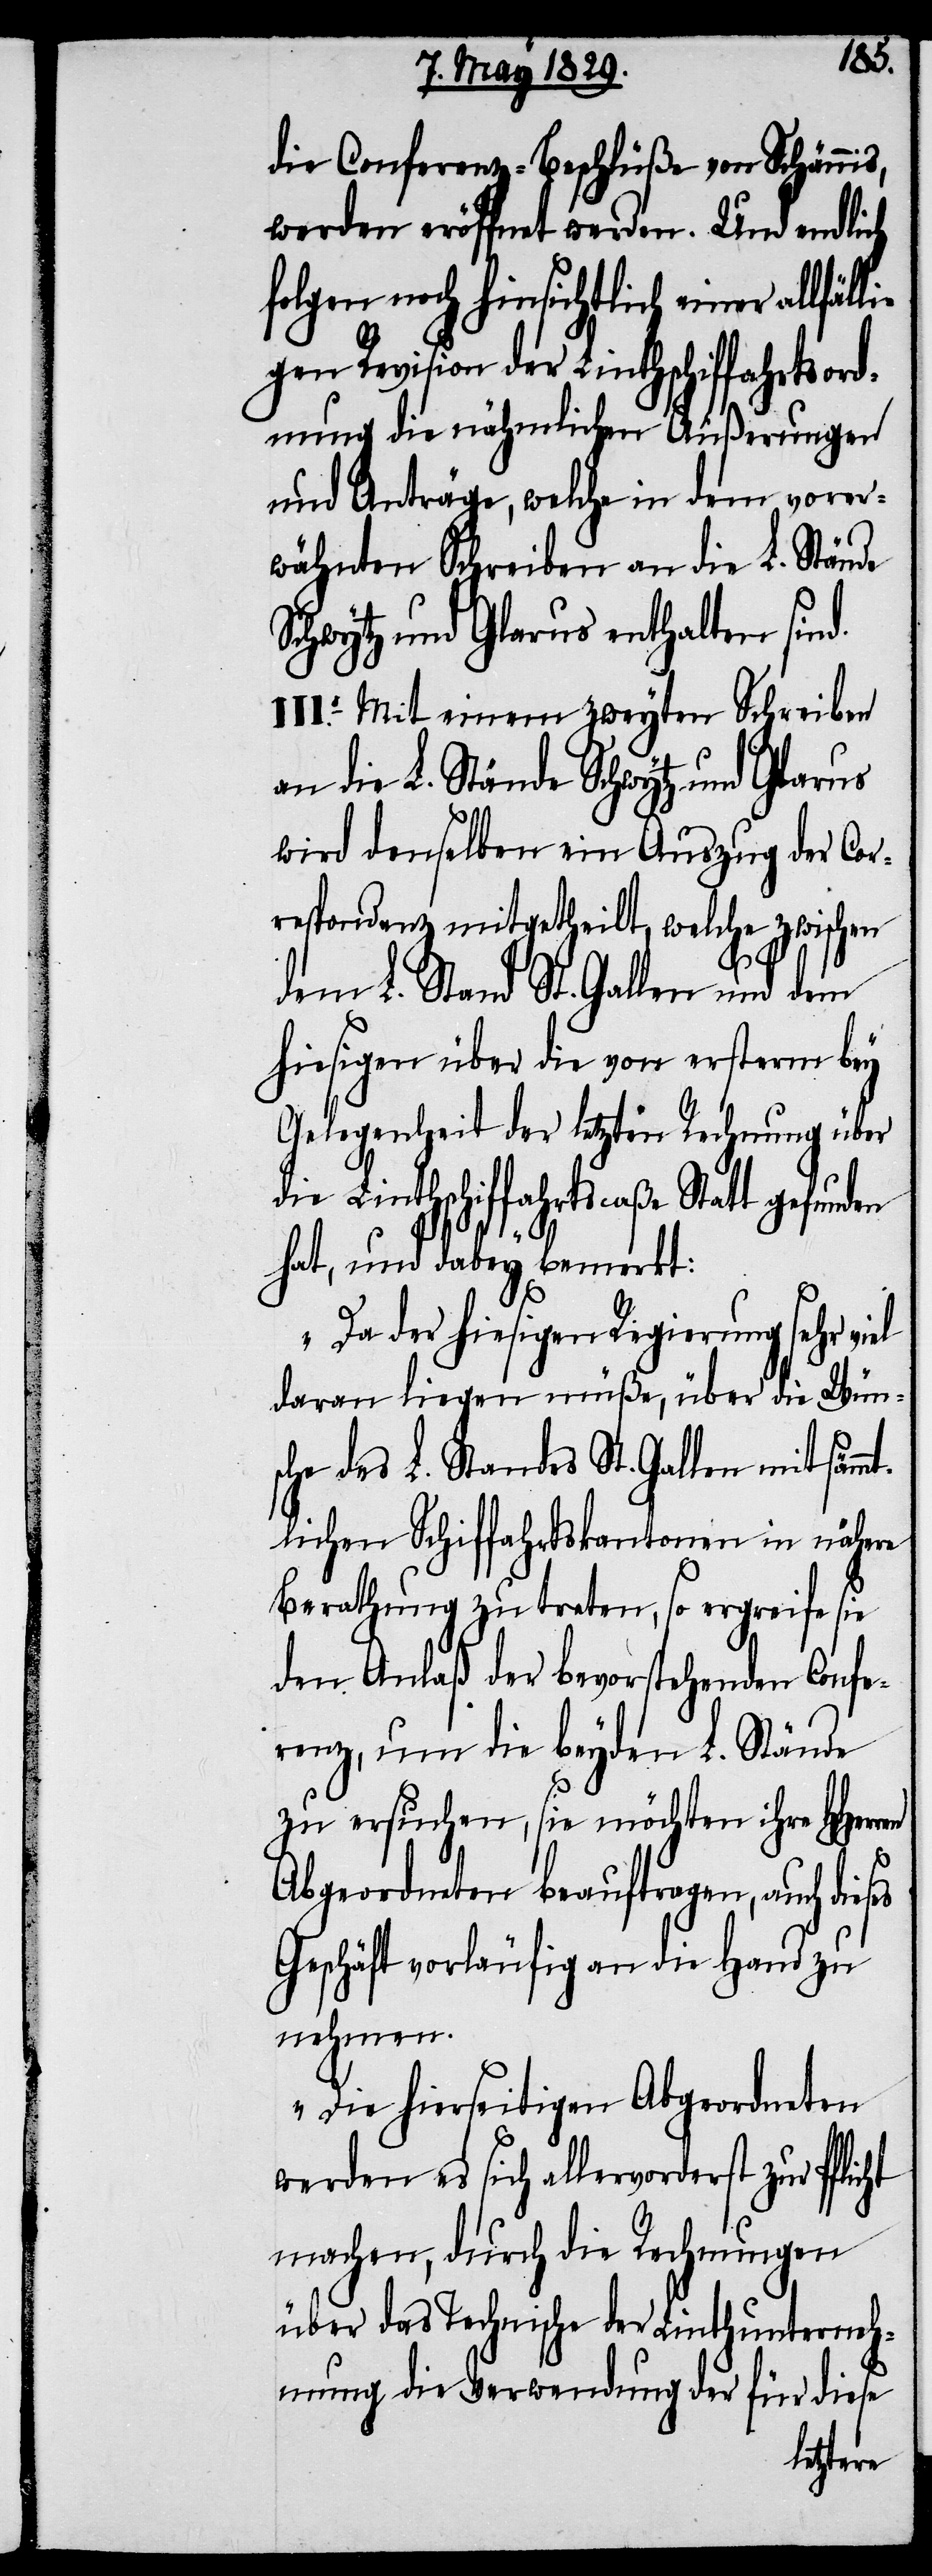
die Conferenz-Beschlüße von Schännis,
werden eröffnet werden. Und endlich
folgen noch hinsichtlich einer allfä¬
gen Revision der Linthschiffahrtsord¬
nung die nähmlichen Äußerungen
und Anträge, welche in dem vorer¬
wähnten Schreiben an die L. Stände
Schwytz und Glarus enthalten sind.
III.o Mit einem zweyten Schreiben
an die L. Stände Schwytz und Glarus
wird denselben ein Auszug der Cor¬
respondenz mitgetheilt, welche zwischen
den L. Stand St. Gallen und dem
hiesigen über die von ersterm bey
Gelegenheit der letzten Rechnung über
die Linthschiffahrtscaße Statt gefunden
lli¬
hat, und dabey bemerkt:
„Da der hiesigen Regierung sehr viel
daran liegen müße, über die Wüns¬
che des L. Standes St. Gallen mit säm¬
lichen Schiffahrtskantonen in nähere
Berathung zu treten, so ergreife sie
den Anlaß der bevorstehenden Confe¬
renz, um die beyden L. Stände
zu ersuchen, sie möchten ihre HHerr¬
ht
Abgeordneten beauftragen, auch dieses
Geschäft vorläufig an die Hand zu
nehmen.
Die hierseitigen Abgeordneten
werde es sich allervorderst zur Pflic¬
machen, durch die Rechnungen
über das Technische der Linthunterneh¬
mung die Verwendung der für diese